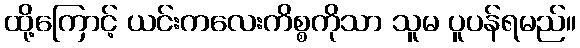
ထို့ကြောင့် ယင်းကလေးကိစ္စကိုသာ သူမ ပူပန်ရမည်။